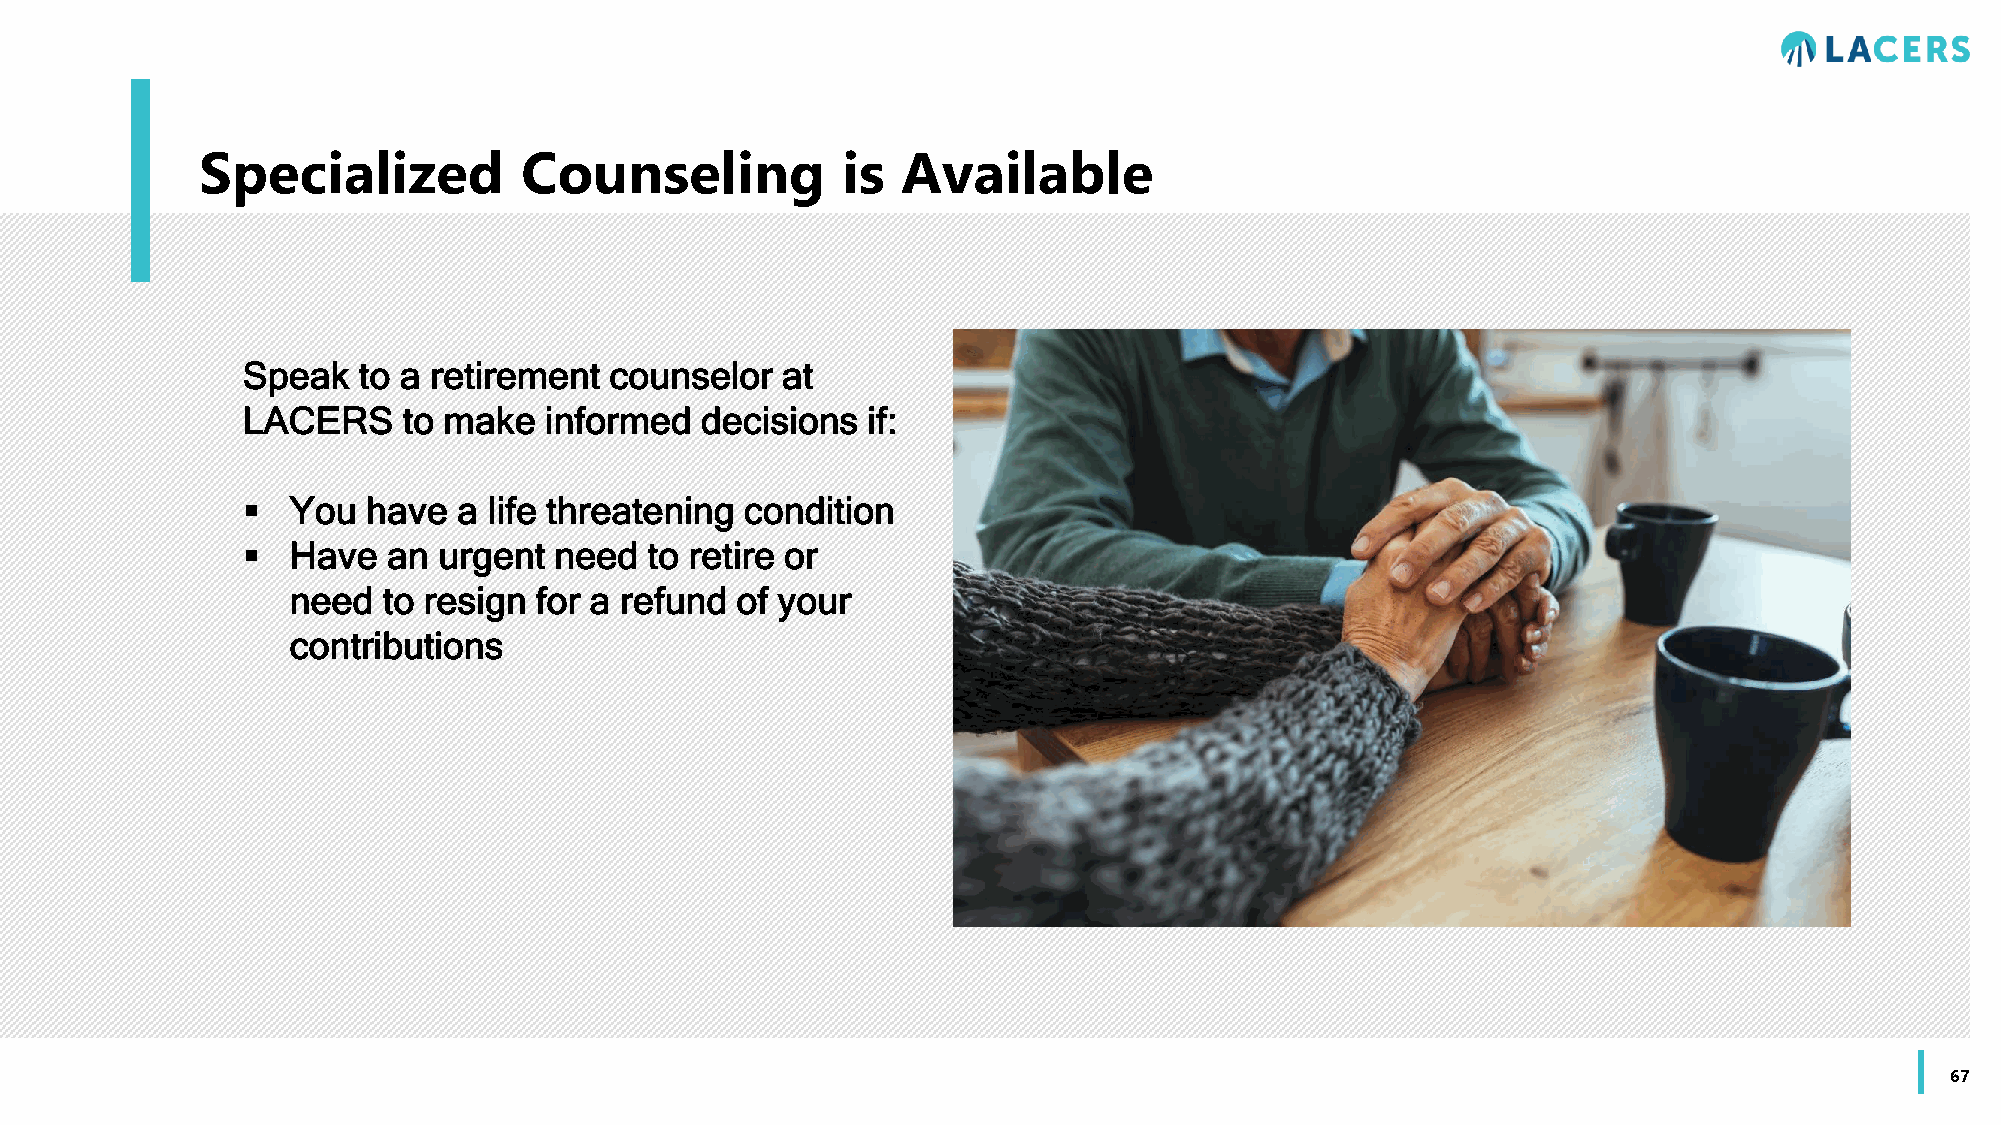
Specialized          Counseling            is  Available
 Speak   to a retirement counselor   at
 LACERS     to make  informed  decisions  if:
   You  have  a life threatening condition
   Have   an urgent  need  to retire or
 need  to resign for a refund  of your
 contributions
 67